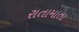
રાતામાતા